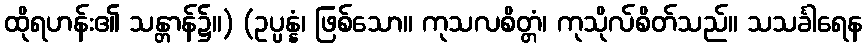
ထိုရဟန်း၏ သန္တာန်၌။) (ဥပ္ပန္နံ၊ ဖြစ်သော။ ကုသလစိတ္တံ၊ ကုသိုလ်စိတ်သည်။ သသင်္ခါရေန